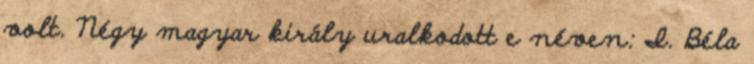
volt. Négy magyar király uralkodott e néven: I. Béla